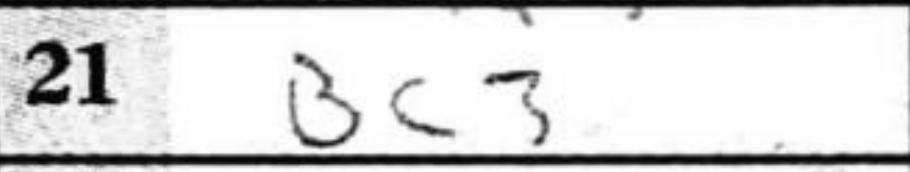
Transcription: Bc3